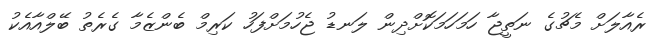
ރެއާލަށް މެޗުގެ ނަތީޖާ ހަމަހަމަކޮށްދިން ލަނޑު ޖެހުމަށްފަހު ކަރިމް ބެންޒެމާ ގެރެތު ބޭލްއާއެކު